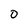
Character: D